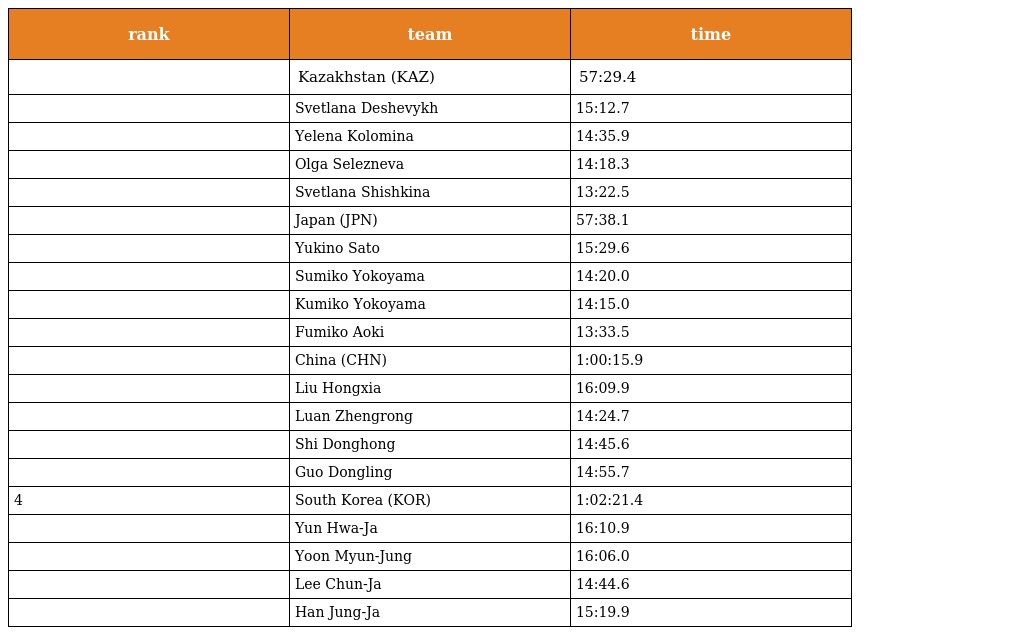
| rank | team | time |
 | --- | --- | --- |
 |  | Kazakhstan (KAZ) | 57:29.4 |
 |  | Svetlana Deshevykh | 15:12.7 |
 |  | Yelena Kolomina | 14:35.9 |
 |  | Olga Selezneva | 14:18.3 |
 |  | Svetlana Shishkina | 13:22.5 |
 |  | Japan (JPN) | 57:38.1 |
 |  | Yukino Sato | 15:29.6 |
 |  | Sumiko Yokoyama | 14:20.0 |
 |  | Kumiko Yokoyama | 14:15.0 |
 |  | Fumiko Aoki | 13:33.5 |
 |  | China (CHN) | 1:00:15.9 |
 |  | Liu Hongxia | 16:09.9 |
 |  | Luan Zhengrong | 14:24.7 |
 |  | Shi Donghong | 14:45.6 |
 |  | Guo Dongling | 14:55.7 |
 | 4 | South Korea (KOR) | 1:02:21.4 |
 |  | Yun Hwa-Ja | 16:10.9 |
 |  | Yoon Myun-Jung | 16:06.0 |
 |  | Lee Chun-Ja | 14:44.6 |
 |  | Han Jung-Ja | 15:19.9 |